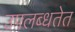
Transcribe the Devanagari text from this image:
उपलब्धतेत